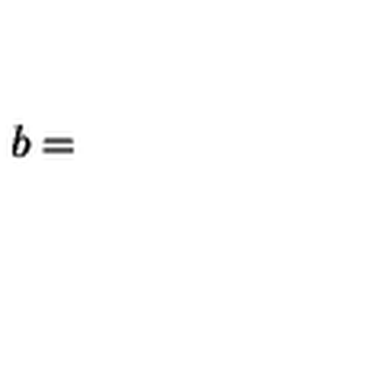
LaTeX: b =